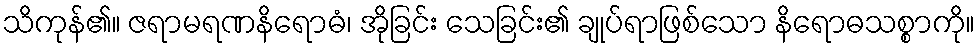
သိကုန်၏။ ဇရာမရဏနိရောဓံ၊ အိုခြင်း သေခြင်း၏ ချုပ်ရာဖြစ်သော နိရောဓသစ္စာကို။